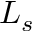
L _ { s }